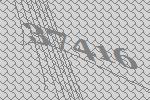
37416